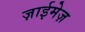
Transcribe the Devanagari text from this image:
ज़ाईमेज़